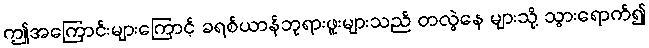
ဤအကြောင်းများကြောင့် ခရစ်ယာန်ဘုရားဖူးများသည် တလွဲနေ များသို့ သွားရောက်၍